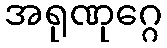
အရုဏုဂ္ဂေ